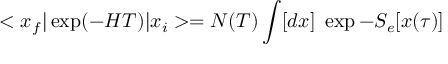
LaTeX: < x _ { f } \vert \exp ( - H T ) \vert x _ { i } > = N ( T ) \int [ d x ] \ \exp - S _ { e } [ x ( \tau ) ]